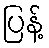
ပြန့်